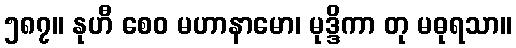
၅၈၇။ နုဟီ စေဝ မဟာနာမော၊ မုဒ္ဒိကာ တု မဓုရသာ။